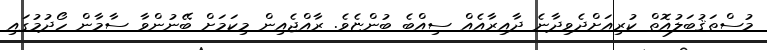
މުސްތަޤުބަލުއޮތް ކުރިއަށްދެވިދާނެ ދާއިރާއެއް ސިއްބެ ބުންޏެވެ. ރާއްޖެއިން މިކަމަށް ބޭނުންވާ ސާމާން ހޯދުމުގައި